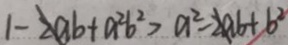
1 - 2 a b + a ^ { 2 } b ^ { 2 } > a ^ { 2 } - 2 a b + b ^ { 2 }